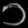
Digit: ၁